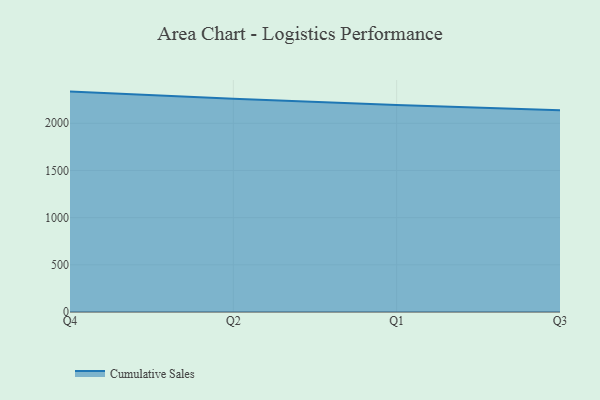
{"axis": {"x": "Quarter", "y": "Bounce Rate (%)"}, "legend": ["Cumulative Sales"], "data": [{"x": "Q4", "y": 2335.9, "type": "Cumulative Sales"}, {"x": "Q2", "y": 2261.1, "type": "Cumulative Sales"}, {"x": "Q1", "y": 2194.8, "type": "Cumulative Sales"}, {"x": "Q3", "y": 2137.1, "type": "Cumulative Sales"}]}